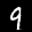
Label: 9